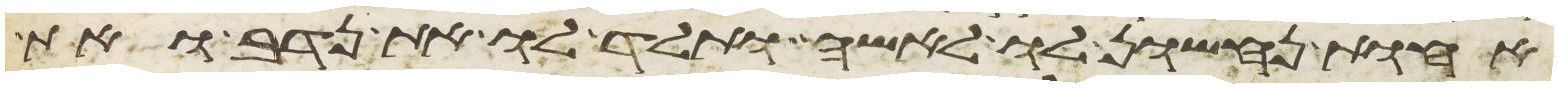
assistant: אחות נחשון לו לאשה ותלד לו את נדב ואת